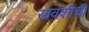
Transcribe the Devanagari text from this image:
खवशीची